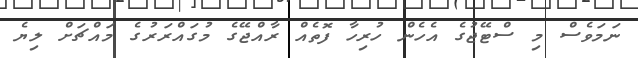
ނަމަވެސް މި ސްޓޭޖުގެ އެހެން ހުރިހާ ފޮތެއް ރާއްޖޭގެ މުގައްރަރުގެ މައްޗަށް ލިޔެ